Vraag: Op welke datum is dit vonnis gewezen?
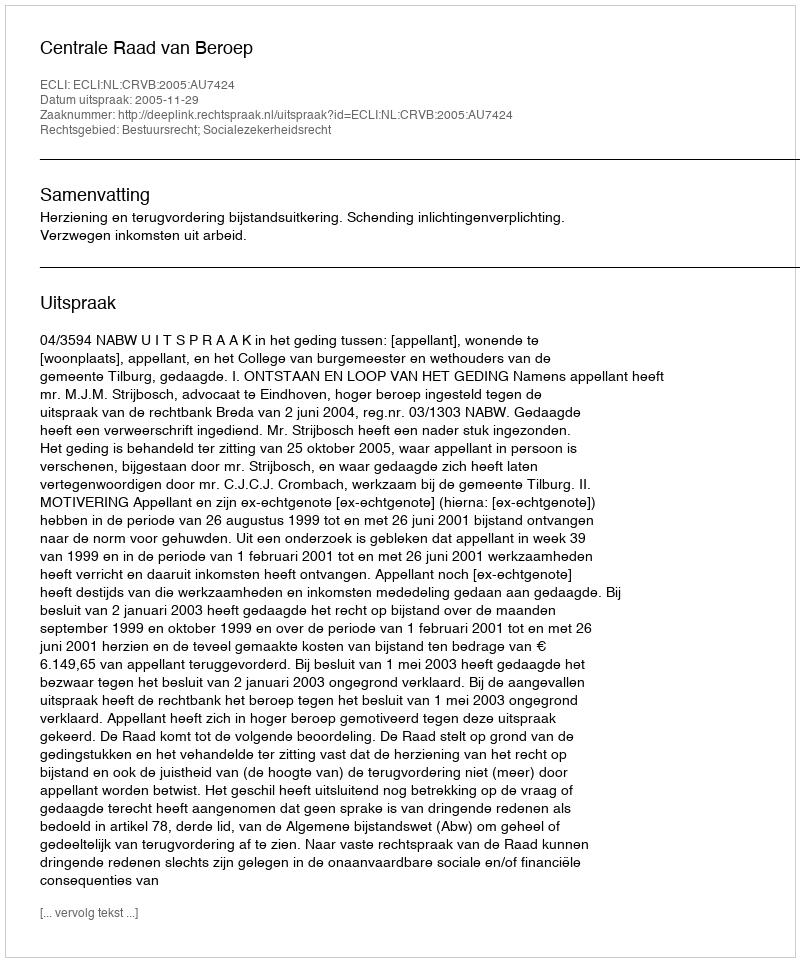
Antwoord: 2005-11-29